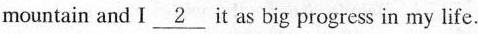
mountain and I \underline{2} it as big progress in my life.